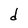
Character: d